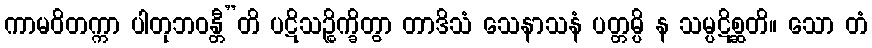
ကာမဝိတက္ကာ ပါတုဘဝန္တီ”တိ ပဋိသဉ္စိက္ခိတွာ တာဒိသံ သေနာသနံ ပတ္တမ္ပိ န သမ္ပဋိစ္ဆတိ။ သော တံ